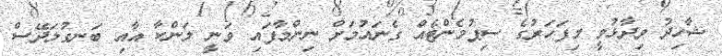
ޝާހިދު ވިދާޅުވީ މިފަހަރުގެ ސިޕުމެންޓެއް ގެނައުމަށް ނިންމާފައި ވަނީ ލަންކާ އާއި ބަނގުލަދޭސް